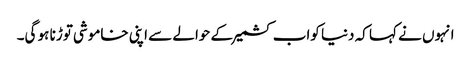
انہوں نے کہا کہ دنیا کواب کشمیرکے حوالے سے اپنی خاموشی توڑنا ہو گی۔